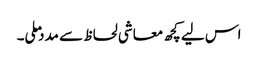
اس لیے کچھ معاشی لحاظ سے مدد ملی۔